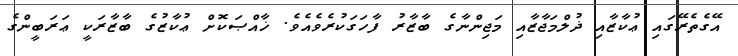
އޭގެތެރޭގައި ޢުކާޒާއި ޛުލްމަޖާޒާއި މަޖިންނާގެ ބާޒާރު ފާހަގަކުރެވެއެވެ. ޚާއްޞަކޮށް ޢުކާޒުގެ ބާޒާރަކީ ޢަރަބީންގެ